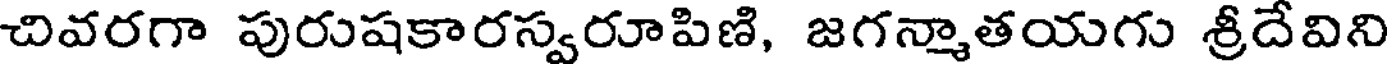
చివరగా పురుషకారస్వరూపిణి, జగన్మాతయగు శ్రీదేవిని